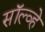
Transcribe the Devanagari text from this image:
सॉल्व्हे